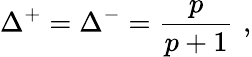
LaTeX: \Delta^{+}=\Delta^{-}=\frac{p}{p+1}\, \, ,